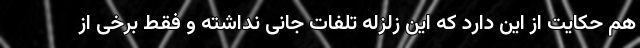
هم حکایت از این دارد که این زلزله تلفات جانی نداشته و فقط برخی از